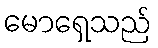
မောရှေသည်